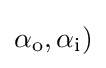
{\textstyle \alpha _{\mathrm {o} },\alpha _{\mathrm {i} })}